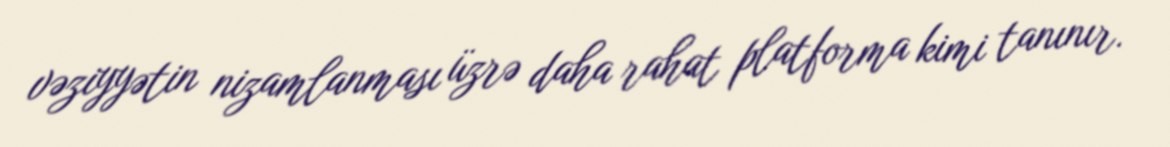
vəziyyətin nizamlanması üzrə daha rahat platforma kimi tanınır.